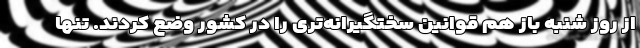
از روز شنبه باز هم قوانین سختگیرانه‌تری را در کشور وضع کردند. تنها